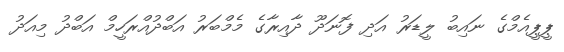
ޕީޕީއެމްގެ ނައިބު ލީޑަރު އަދި ފޮނަދޫ ދާއިރާގެ މެމްބަރު އަބްދުއްރަހީމް އަބްދު މިއަދު